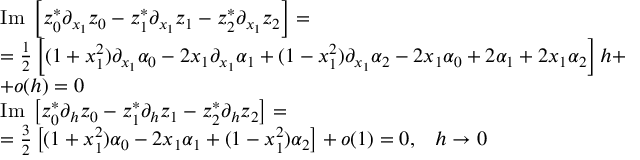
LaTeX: \begin{array} { l } { { \mathrm { I m } \; \left[ z _ { 0 } ^ { * } \partial _ { x _ { 1 } } z _ { 0 } - z _ { 1 } ^ { * } \partial _ { x _ { 1 } } z _ { 1 } - z _ { 2 } ^ { * } \partial _ { x _ { 1 } } z _ { 2 } \right] = } } \\ { { = { \frac { 1 } { 2 } } \left[ ( 1 + x _ { 1 } ^ { 2 } ) \partial _ { x _ { 1 } } \alpha _ { 0 } - 2 x _ { 1 } \partial _ { x _ { 1 } } \alpha _ { 1 } + ( 1 - x _ { 1 } ^ { 2 } ) \partial _ { x _ { 1 } } \alpha _ { 2 } - 2 x _ { 1 } \alpha _ { 0 } + 2 \alpha _ { 1 } + 2 x _ { 1 } \alpha _ { 2 } \right] h + } } \\ { { + o ( h ) = 0 } } \\ { { \mathrm { I m } \; \left[ z _ { 0 } ^ { * } \partial _ { h } z _ { 0 } - z _ { 1 } ^ { * } \partial _ { h } z _ { 1 } - z _ { 2 } ^ { * } \partial _ { h } z _ { 2 } \right] = } } \\ { { = { \frac { 3 } { 2 } } \left[ ( 1 + x _ { 1 } ^ { 2 } ) \alpha _ { 0 } - 2 x _ { 1 } \alpha _ { 1 } + ( 1 - x _ { 1 } ^ { 2 } ) \alpha _ { 2 } \right] + o ( 1 ) = 0 , \; \; \; h \to 0 } } \end{array}